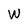
Character: W